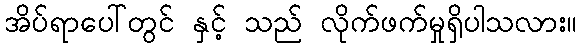
အိပ်ရာပေါ်တွင် နှင့် သည် လိုက်ဖက်မှုရှိပါသလား။